Civil Veterinary Dept. Assam report 1927-50 - 1927-1950
Year: 1927
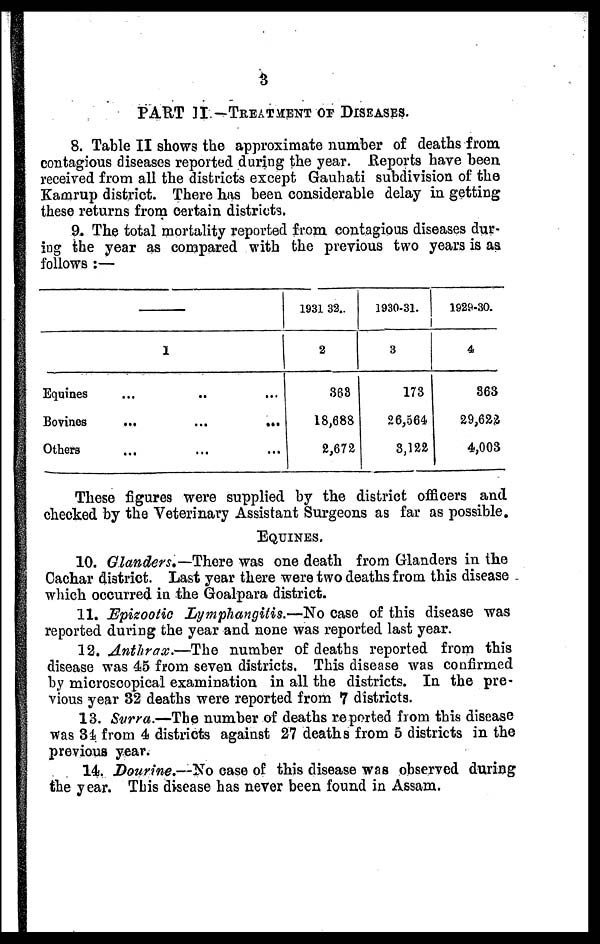
3
PART II —TREATMENT OF DISEASES.
8. Table II shows the approximate number of deaths from
contagious diseases reported during the year. Reports have been
received from all the districts except Gauhati subdivision of the
Kamrup district. There has been considerable delay in getting
these returns from certain districts.
9- The total mortality reported from contagious diseases dur-
ing the year as compared with the previous two years is as
follows :—
—
1
Equines ... ... ...
Bovines
...
...
...
Others ... ... ...
1931 32.
2
368
18,688
2,672
1930-31.
3
173
26,564
3,122
1929-30.
4
363
29,622
4,003
These figures were supplied by the district officers and
checked by the Veterinary Assistant Surgeons as far as possible.
EQUINES.
10. Glanders.— There was one death from Glanders in the
Cachar district. Last year there were two deaths from this disease
which occurred in the Goalpara district.
11. Epizootic Lymphangitis.—No case of this disease was
reported during the year and none was reported last year.
12. Anthrax.—The
number of deaths reported from this
disease was 45 from seven districts, This disease was confirmed
by microscopical examination in all the districts. In the pre-
vious year 32 deaths were reported from 7 districts.
13. Surra.—The number of deaths reported from this disease
was 34 from 4 districts against 27 deaths from 5 districts in the
previous year.
14. Dourine,—No case of this disease was observed during
the year. This disease has never been found in Assam.